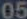
05